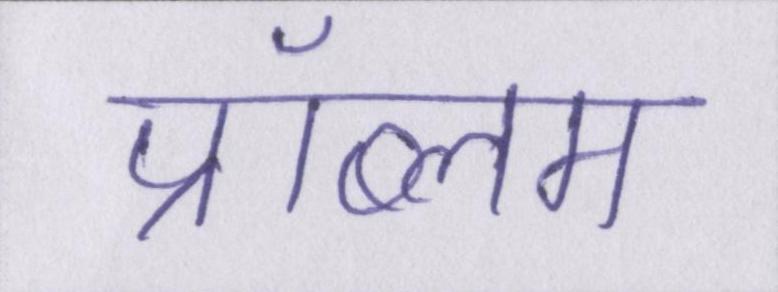
प्रॉब्लम